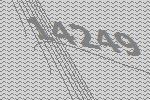
14249